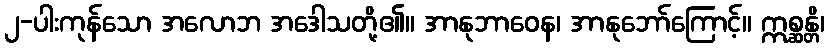
၂-ပါးကုန်သော အလောဘ အဒေါသတို့၏။ အာနုဘာဝေန၊ အာနုဘော်ကြောင့်။ ဣစ္ဆန္တိ၊